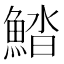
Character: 𩷽